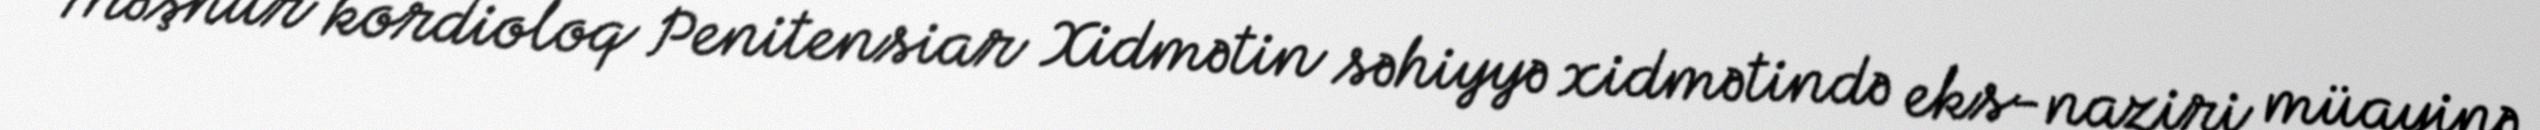
Məşhur kordioloq Penitensiar Xidmətin səhiyyə xidmətində eks-naziri müayinə